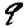
Digit: 9